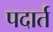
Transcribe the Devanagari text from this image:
पदार्त